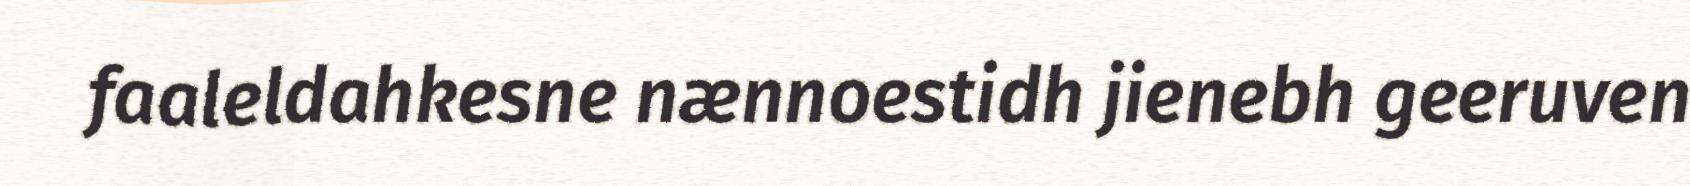
faaleldahkesne nænnoestidh jienebh geeruven